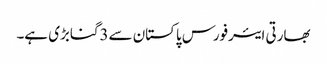
بھارتی ایئرفورس پاکستان سے3گنابڑی ہے۔